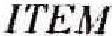
ITEM